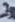
Text: 3